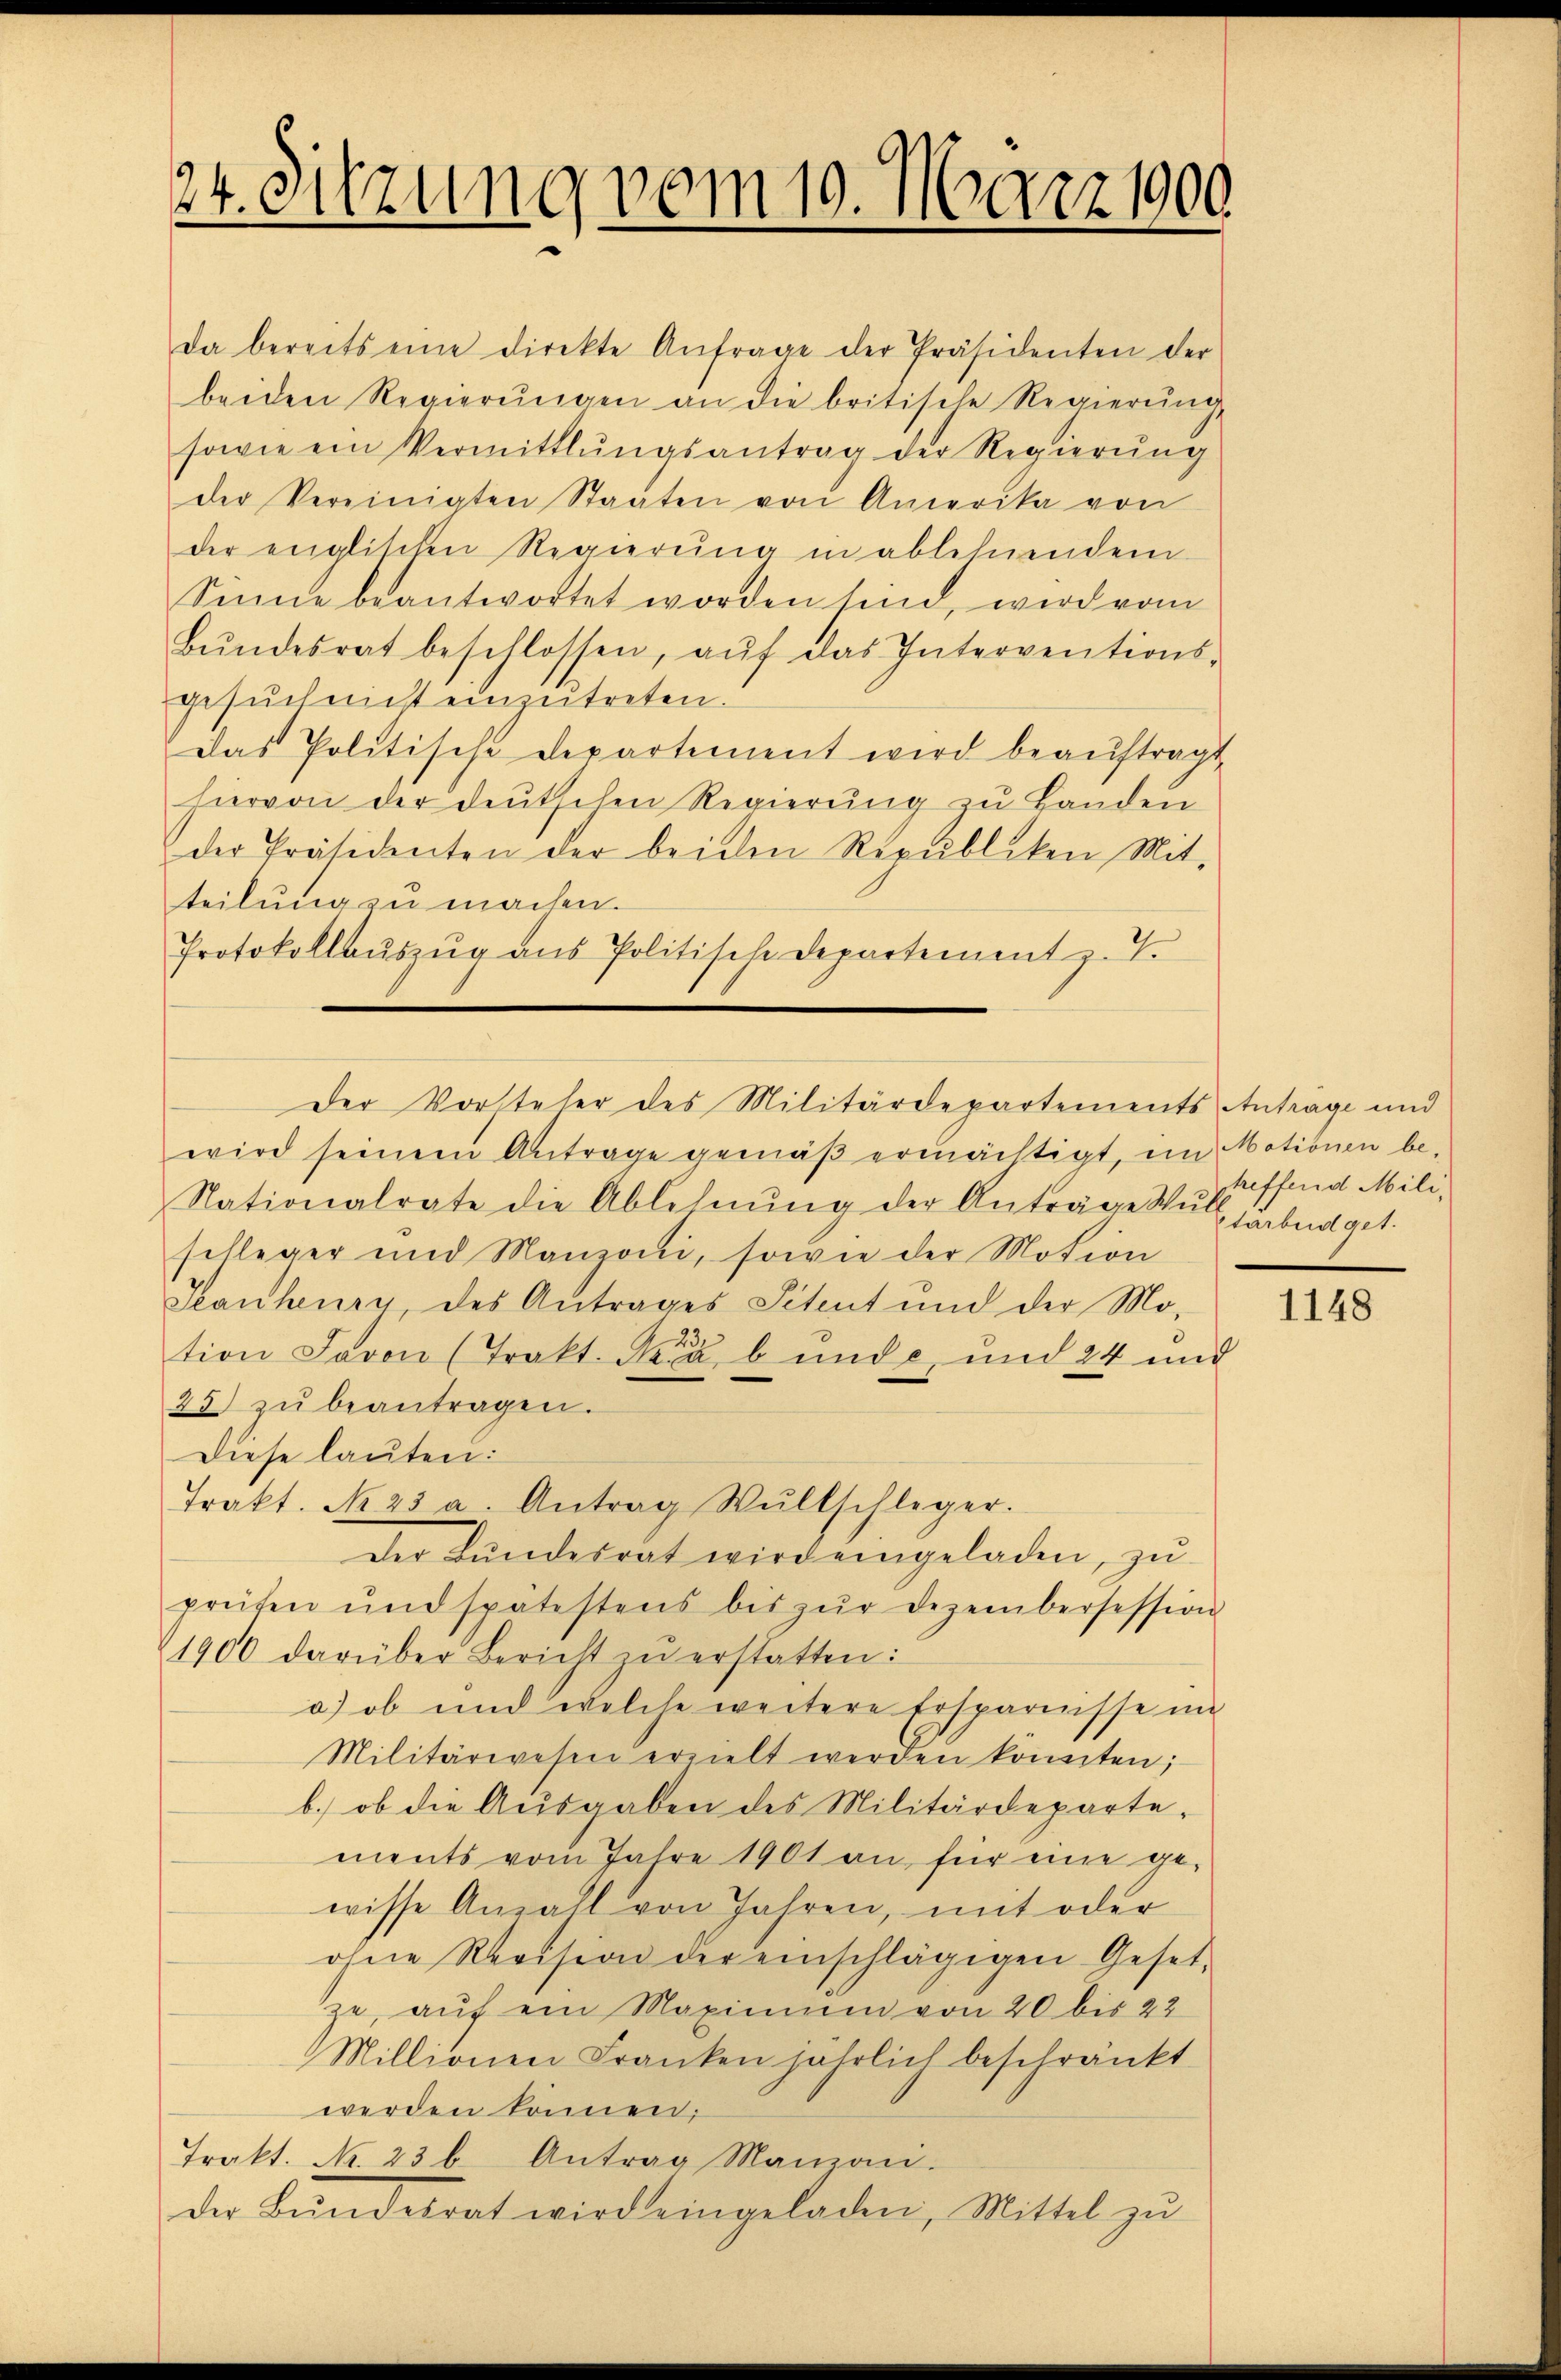
24. Sitzung vom 19. März 1900.

Da bereits eine direkte Anfrage der Präsidenten der
beiden Regierŭngen an die britische Regierŭng,
sowie ein Vermittlungsantrag der Regierung
der Vereinigten Staaten von Amerika von
der englischen Regierŭng in ablehnendem
Sinne beantwortet worden sind, wird vom
Bŭndesrat beschlossen, aŭf das Interventions-
gesŭch mit einzŭtreten.
Das Politische Departement wird beaŭftragt
hiervon der deutschen Regierŭng zu Landen
der Präsidenten der beiden Republiken Mit-
teilung zu machen.
Protokollaŭszŭg aŭs Politische Departement z. T.
wird seinem Antrage gemäβ ermächtigt, im Motionen be-
Nationalrate die Ablehnŭng der Anträge Müllharbeiget.
schleger und Manzoni, sowie der Motion
Ianheury, des Antrages Petent und der Mo-
tion Javon (Trakt. Sca b und c und 24 und
25. zŭ beantragen.
Diese lauten:
Trakt. No 23 a. Antrag Wŭltschleger.
der Bŭndesrat wird eingeladen, zŭ
prüfen und spätestens bis zŭr Dezembersession
1900 darüber Bericht zŭ erstatten:
a) ob und welche weitere Ersparnisse im
Militärwesen erzielt werden könnten;
b.) ob die Ausgaben des Militärdeparte-
ments vom Jahre 1901 an für eine ge-
wisse Anzahl von Jahren, mit oder
ohne Revision der einschlägigen Gesetz
ze, auf ein Maximum von 20 bis 22
Millionen Franken jährlich beschränkt
werden können;
Trakt. Nr. 236. Antrag Manzen.
der Bŭndesrat wird eingeladen, Mittel zŭ

Der Vorsteher des Militärdepartements Antrage und

treffend Mili-

1148